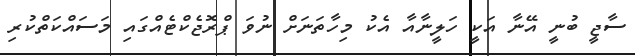
ސާޖީ ބުނީ އޭނާ އަކީ ހަލީނާއާ އެކު މިހާތަނަށް ނުވަ ޕްރޮޖެކްޓެއްގައި މަސައްކަތްކުރި